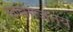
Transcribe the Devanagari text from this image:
आवेगजन्य